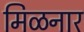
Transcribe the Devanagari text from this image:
मिळनार